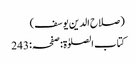
(صلاح الدین یوسف)
کتاب الصلوٰۃ:صفحہ:243